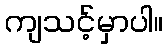
ကျသင့်မှာပါ။